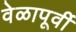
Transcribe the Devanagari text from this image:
वेळापूर्वी